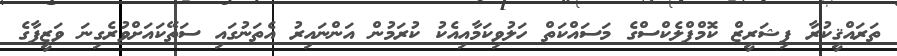
ތަރައްޤީކުރާ ފިޝަރީޒް ކޮމްޕްލެކްސްގެ މަަސައްކަތް ހަލުވިކަމާއިއެކު ކުރަމުން އަންނައިރު އެތަނުގައި ސަތޭކައަށްވުރެގިނަ ވަޒީފާގެ